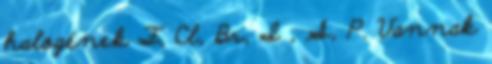
halogének F, Cl, Br, I , S, P. Vannak